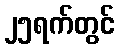
၂၅ရက်တွင်